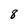
Character: 8